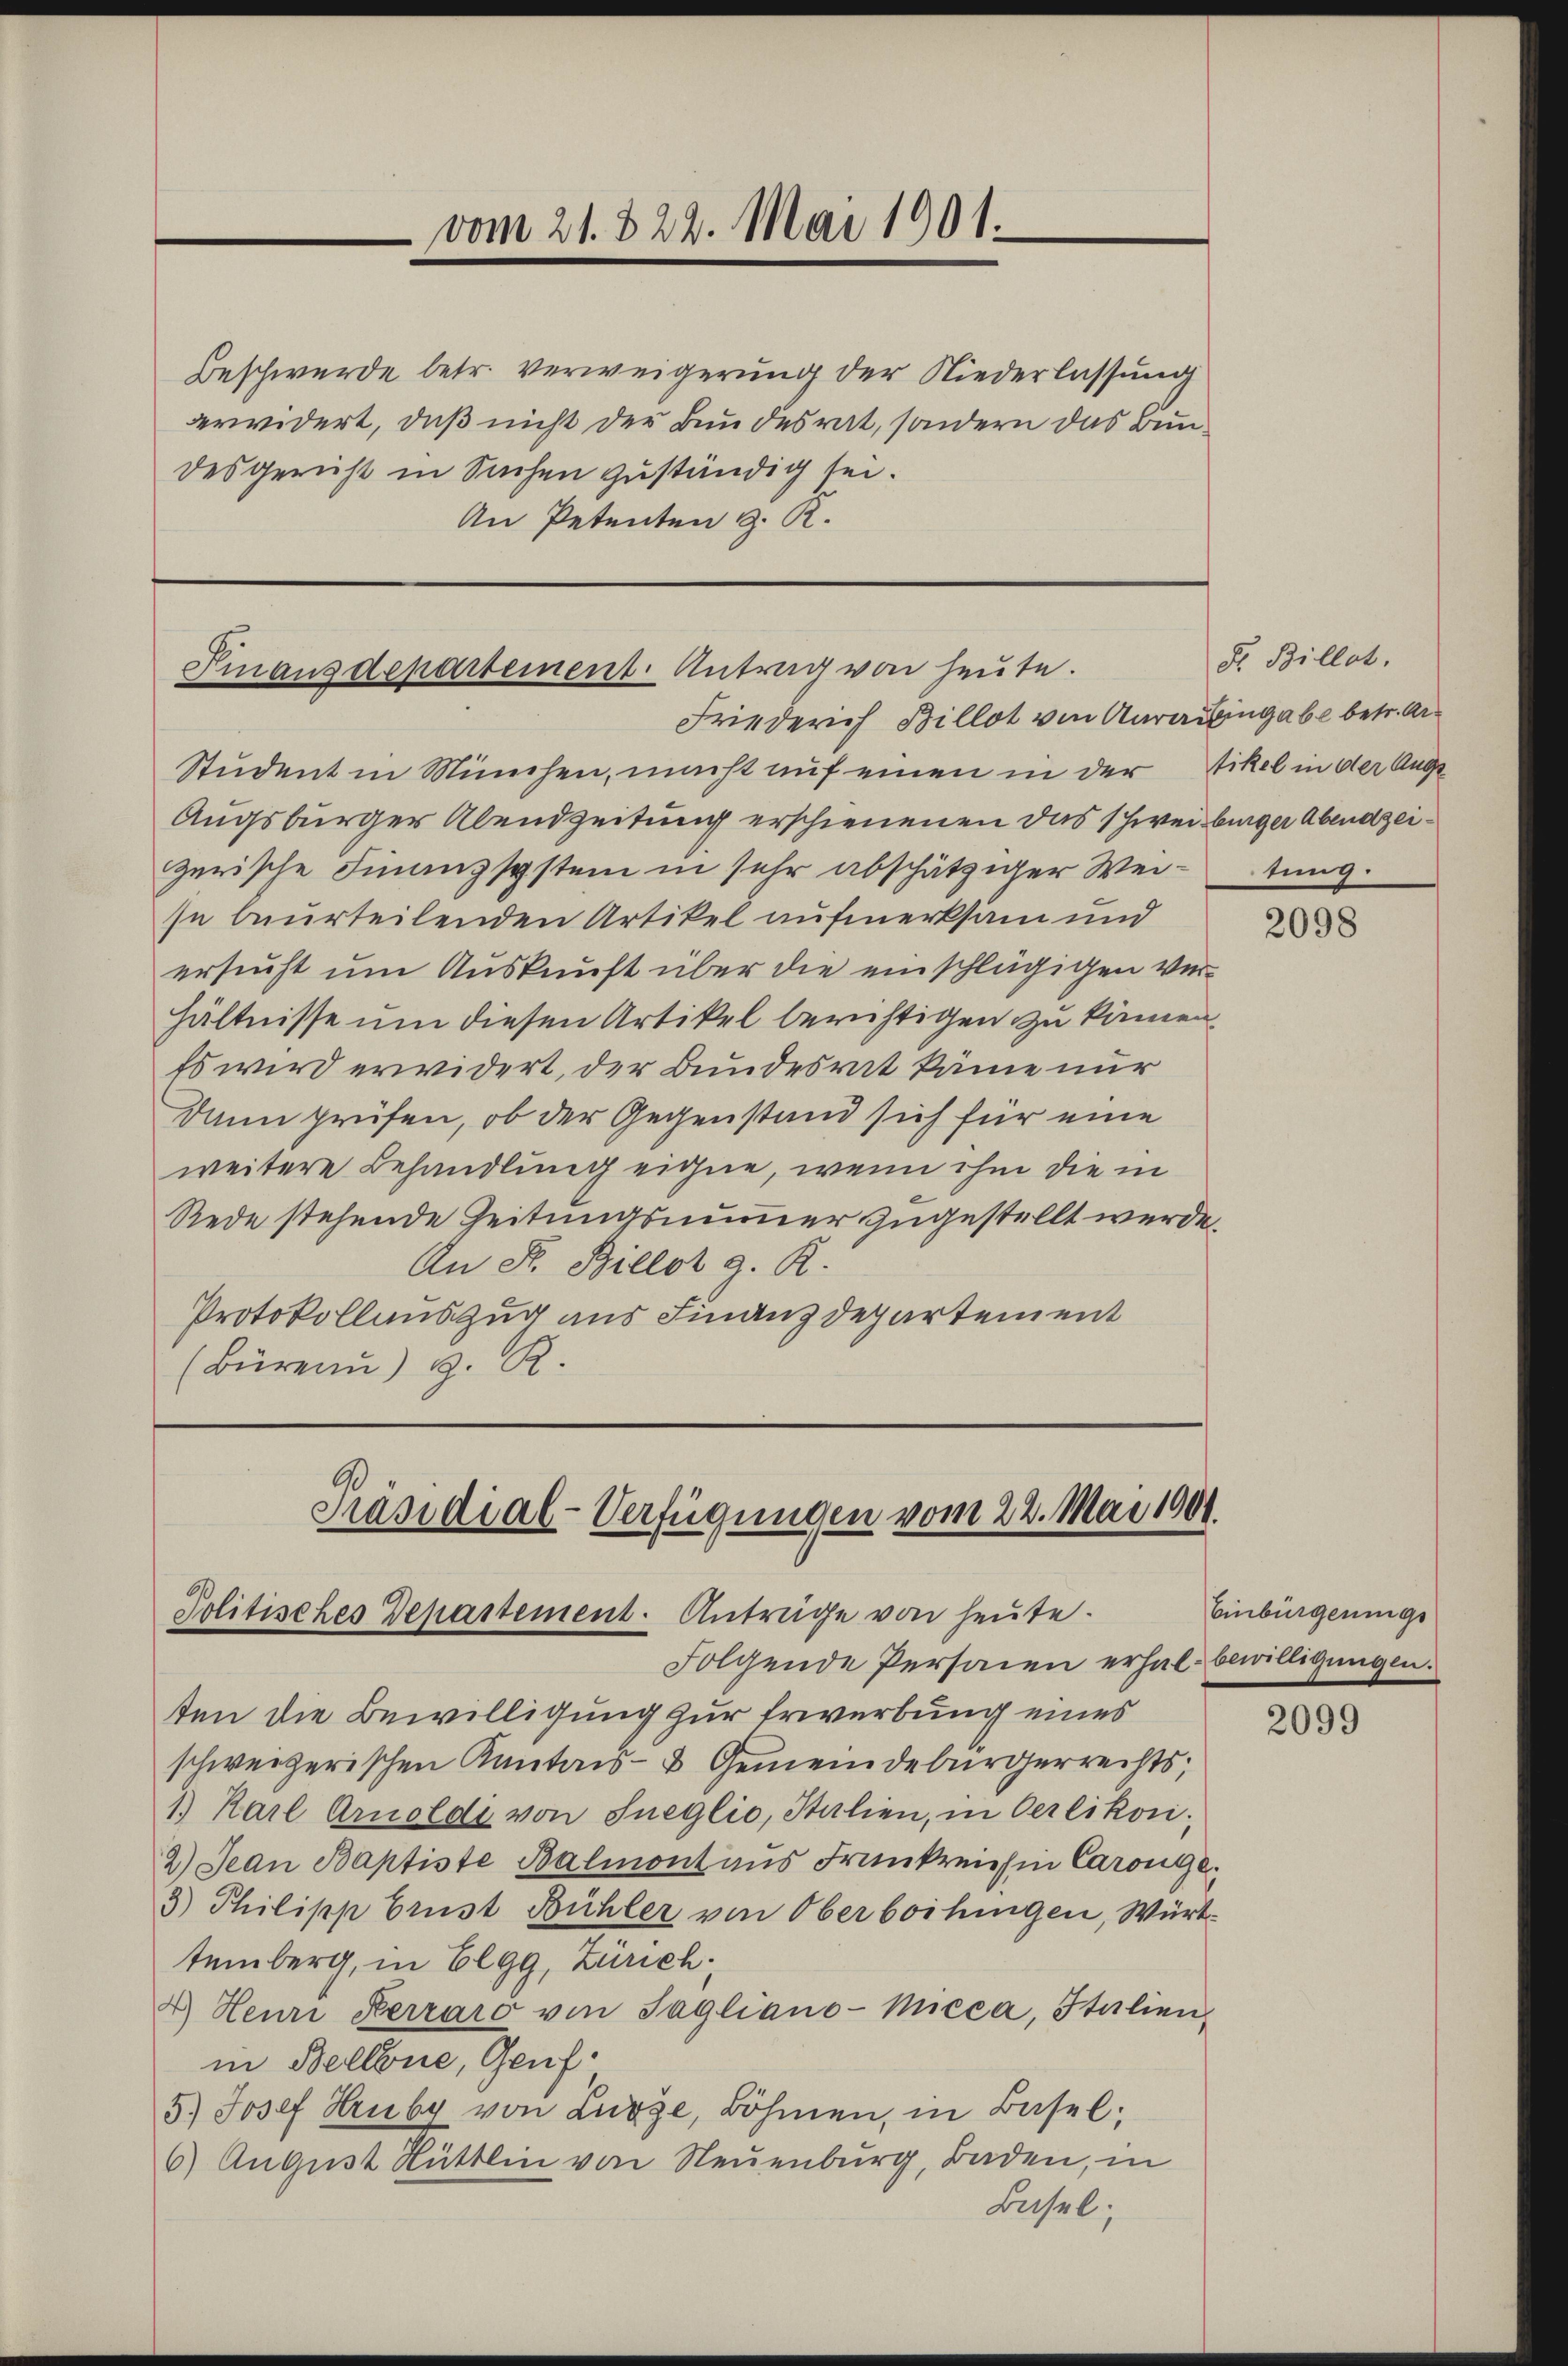
Beschwerde betr. verweigerung der Niederlassung
derwidert, daß nicht der Bundesrat, sondern das Bundesgericht in Sachen zuständig sei.
An Petenten z. R.

vom 21. 322. Mai 1901.

Finanzdepartement. Antrag von heute.
Friederich Billot von Aarausingabe betr. Ar¬

Student in München, macht auf einen in der Stikel in der Ange¬
Augsburger Abendzeitung erschienenen das schweiburger Abendzeizerische Finanzsystem in sehr abschätziger Wei-tung.
se beurteilenden Artikel aufmerksam und
ersucht um Auskunft über die einschlägigen verhältnisse um diesen Artikel berichtigen zu können.
Es wird erwidert, der Bundesrat käme nur
dann prüfen, ob der Gegenstand sich für eine
weitere Behandlung eigne, wenn ihm die in
Rede stehende Zeitungsnummer zugestellt werde.
An F. Billot z. R.
Protokollauszug aus Finanzdepartement
(Bürenn) S. R.

Präsidial-Verfügungen vom 22. Mai 1901.
Politisches Departement. Anträge von heute.

Fr. Billet.

Folgende Personen erhalbewilligungen.
ten die Bewilligung zur Erwerbung eines
schweizerischen Kantons- & Gemeindebürgerrechts,
1) Karl Arnoldi von Sneglio, Stalien, in Oerlikon:
2) Jean Baptiste Balmont aŭs Frankreich in Carouge.
3) Philipp brust Bühler von Oberboihingen, Württemberg, in Elgg, Zürich
4.) Heure Kerraro von Tagliano-Micca, Italien,
in Bellene, Genf.
5.) Josef Hruby von Lurze, Böhmen, in Basel;
6) August Hüttlin von Neuenburg, Baden, in
Basel

2098

Einbürgerungs

2099